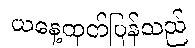
ယနေ့ထုတ်ပြန်သည်